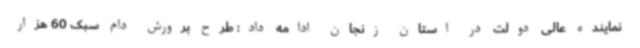
نماینده عالی دولت در استان زنجان ادامه داد: طرح پرورش دام سبک 60 هزار